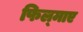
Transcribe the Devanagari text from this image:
फिल्‍माए